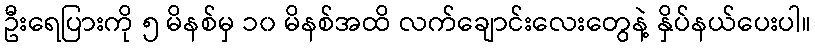
ဦးရေပြားကို ၅ မိနစ်မှ ၁၀ မိနစ်အထိ လက်ချောင်းလေးတွေနဲ့ နှိပ်နယ်ပေးပါ။